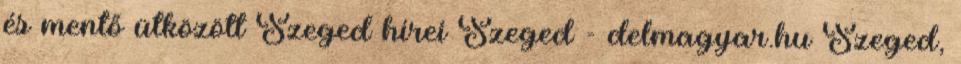
és mentő ütközött Szeged hírei Szeged - delmagyar.hu Szeged,